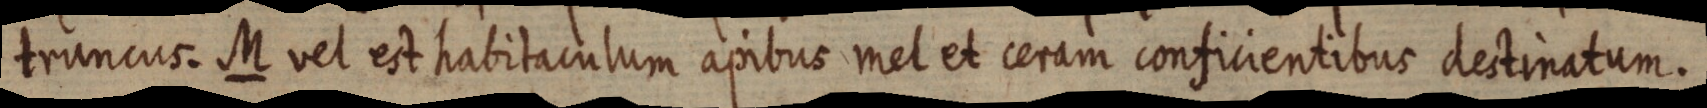
truncus. M vel est habitaculum apibus mel et ceram conficientibus destinatum.